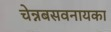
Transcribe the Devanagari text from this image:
चेन्नबसवनायका